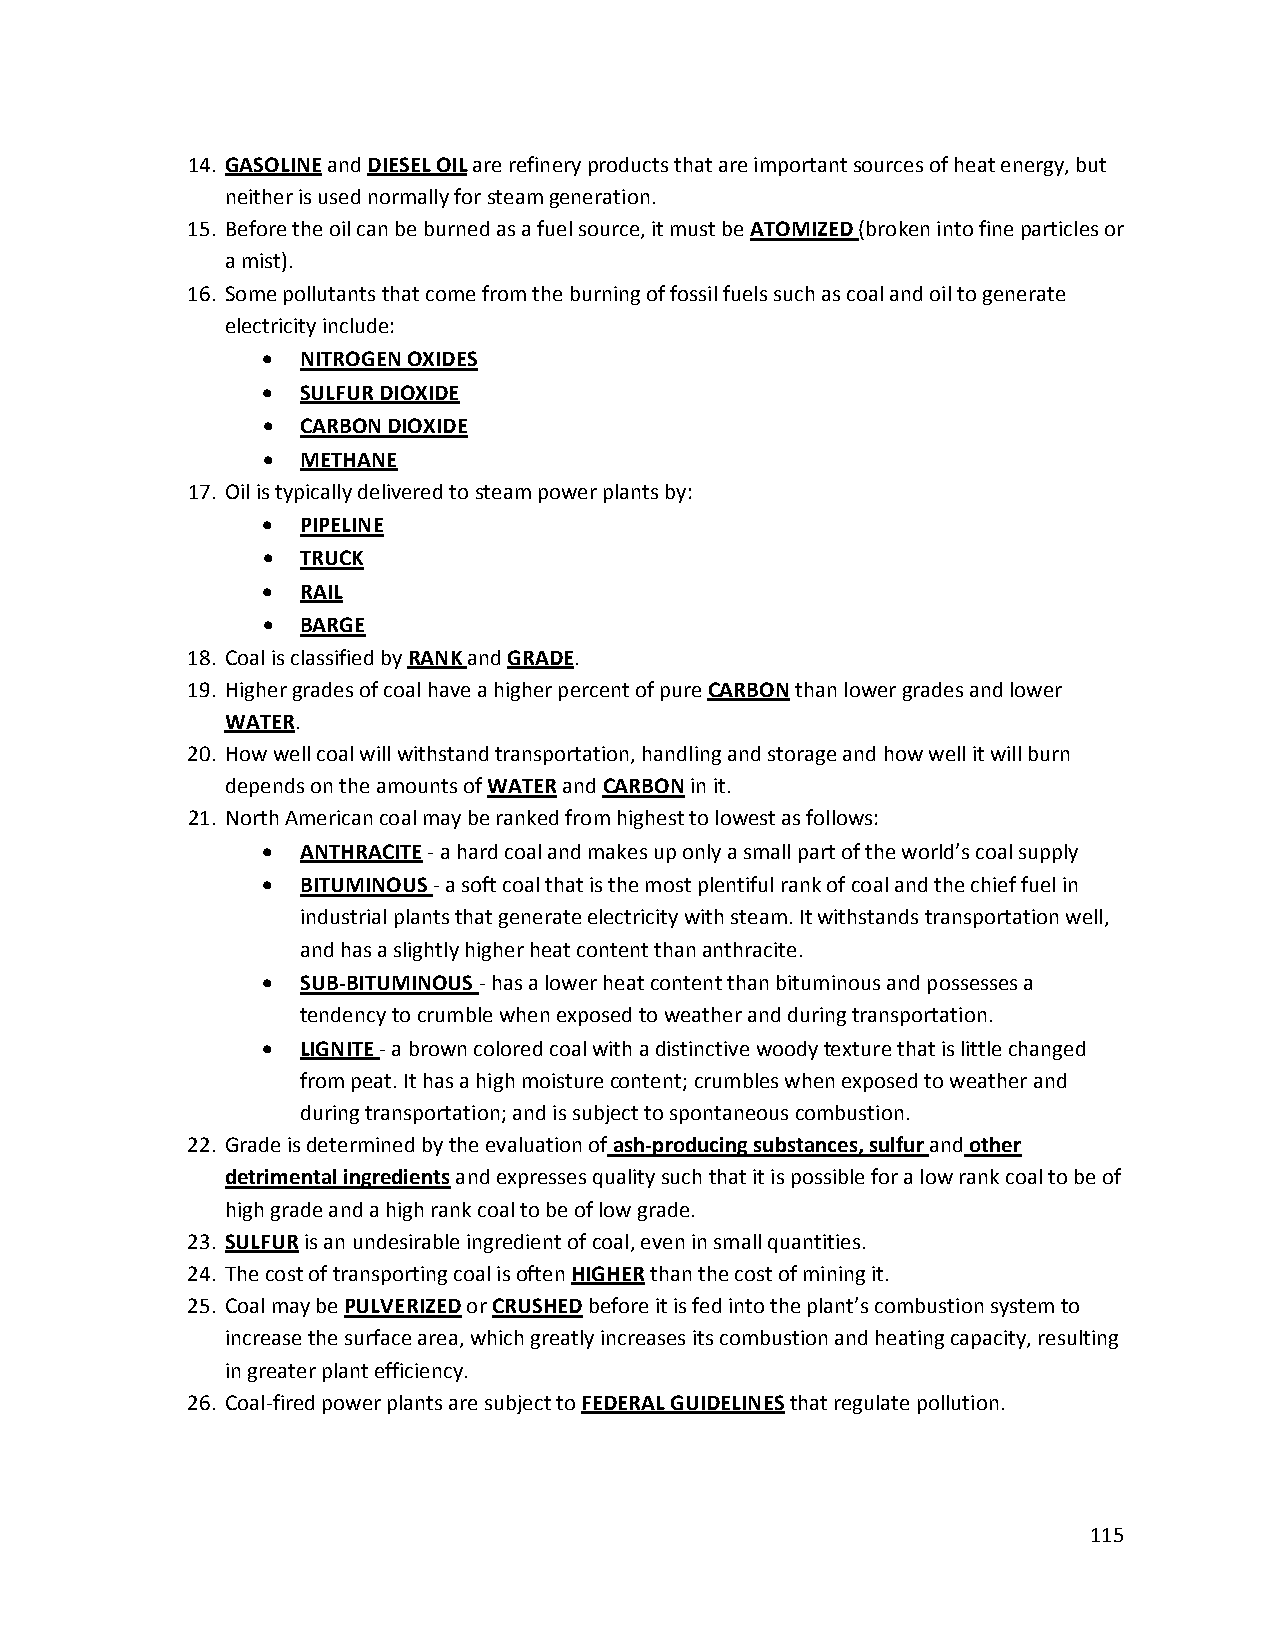
14. GASOLINE and DIESEL OIL are refinery products that are important sources of heat energy, but
 neither is used normally for steam generation.
 15. Before the oil can be burned as a fuel source, it must be ATOMIZED (broken into fine particles or
 a mist).
 16. Some pollutants that come from the burning of fossil fuels such as coal and oil to generate
 electricity include:
 •  NITROGEN OXIDES
 •  SULFUR DIOXIDE
 •  CARBON DIOXIDE
 •  METHANE
 17. Oil is typically delivered to steam power plants by:
 •  PIPELINE
 •  TRUCK
 •  RAIL
 •  BARGE
 18. Coal is classified by RANK and GRADE.
 19. Higher grades of coal have a higher percent of pure CARBON than lower grades and lower
 WATER.
 20. How well coal will withstand transportation, handling and storage and how well it will burn
 depends on the amounts of WATER and CARBON in it.
 21. North American coal may be ranked from highest to lowest as follows:
 •  ANTHRACITE ‐ a hard coal and makes up only a small part of the world’s coal supply
 •  BITUMINOUS ‐ a soft coal that is the most plentiful rank of coal and the chief fuel in
 industrial plants that generate electricity with steam. It withstands transportation well,
 and has a slightly higher heat content than anthracite.
 •  SUB‐BITUMINOUS ‐ has a lower heat content than bituminous and possesses a
 tendency to crumble when exposed to weather and during transportation.
 •  LIGNITE ‐ a brown colored coal with a distinctive woody texture that is little changed
 from peat. It has a high moisture content; crumbles when exposed to weather and
 during transportation; and is subject to spontaneous combustion.
 22. Grade is determined by the evaluation of ash‐producing substances, sulfur and other
 detrimental ingredients and expresses quality such that it is possible for a low rank coal to be of
 high grade and a high rank coal to be of low grade.
 23. SULFUR is an undesirable ingredient of coal, even in small quantities.
 24. The cost of transporting coal is often HIGHER than the cost of mining it.
 25. Coal may be PULVERIZED or CRUSHED before it is fed into the plant’s combustion system to
 increase the surface area, which greatly increases its combustion and heating capacity, resulting
 in greater plant efficiency.
 26. Coal‐fired power plants are subject to FEDERAL GUIDELINES that regulate pollution.
 115